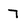
Character: 7